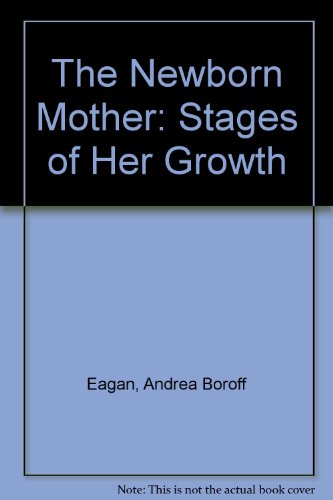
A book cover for The Newborn Mother: Stages of Her Growth; Andrea Boroff Eagan; Health, Fitness & Dieting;